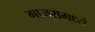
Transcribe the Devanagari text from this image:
गाजरामध्ये